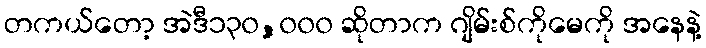
တကယ်တော့ အဲဒီ၁၃၀,၀၀၀ ဆိုတာက ဂျိမ်းစ်ကိုမေကို အနေနဲ့